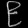
Digit: ၉